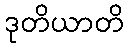
ဒုတိယာတိ